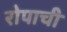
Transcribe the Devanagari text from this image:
रोपाची